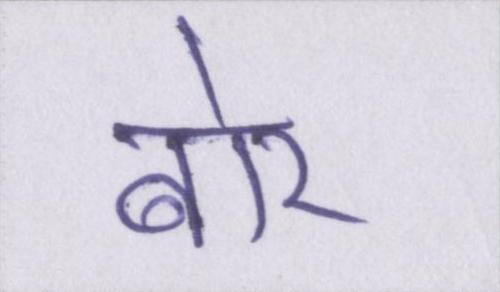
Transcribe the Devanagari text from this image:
बोर